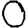
Digit: 0